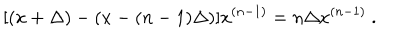
LaTeX: [ ( x + \Delta ) - ( x - ( n - 1 ) \Delta ) ] x ^ { ( n - 1 ) } = n \Delta x ^ { ( n - 1 ) } \ .